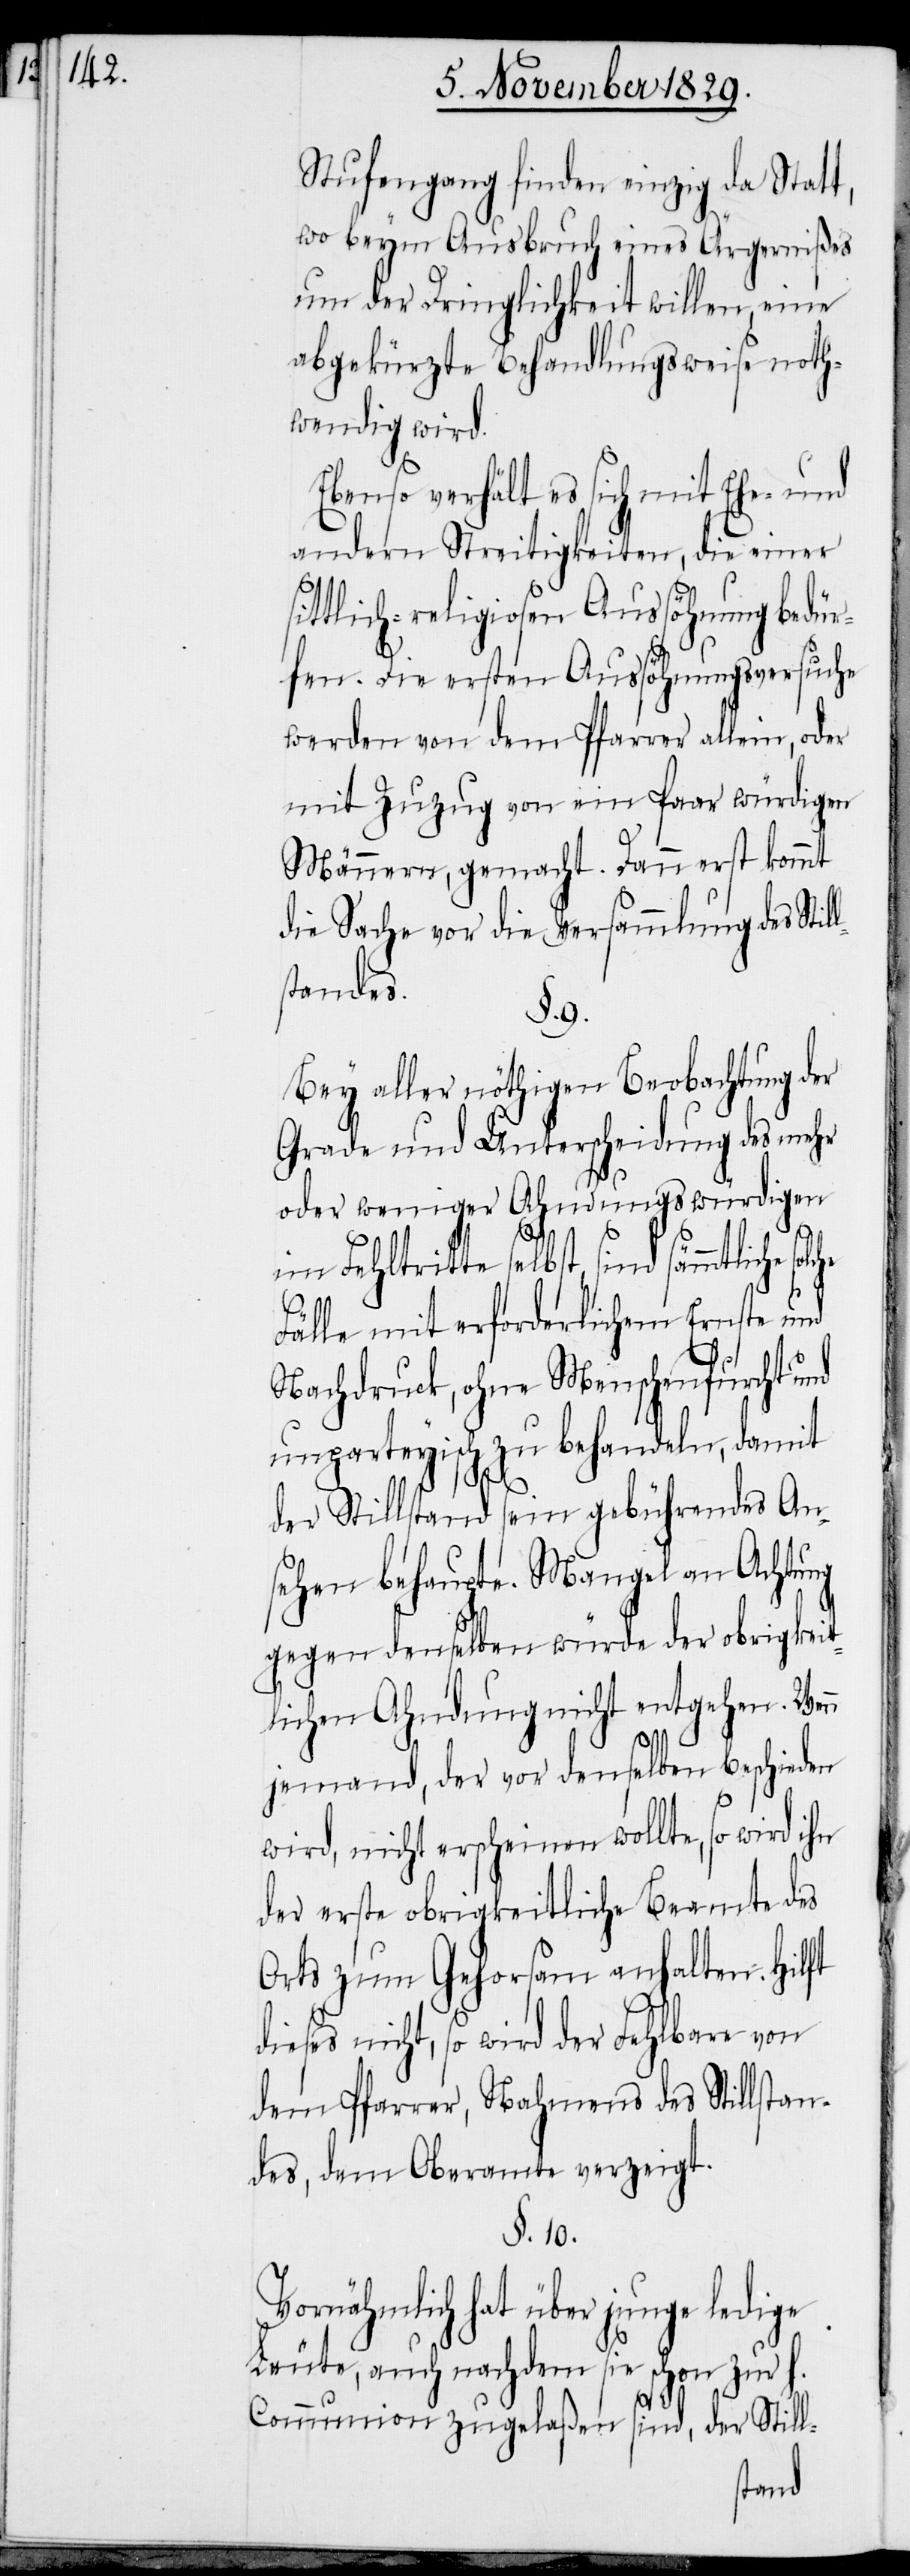
Stufengang finden einzig da Statt,
wo beym Ausbruch eines Ärgernißes
um der Dringlichkeit willen, eine
abgekürzte Behandlungsweise noth¬
wendig wird.
Ebenso verhält es sich mit Ehe- und
andern Streitigkeiten, die einer
sittlich-religiosen Aussöhnung Auss¬
fen. Die ersten Aussöhnungsversuche
werden von dem Pfarrer allein, oder
mit Zuzug von ein Paar würdigen
Männern, gemacht. Dann erst kommt
die Sache vor die Versammlung des Sti¬
standes.
§. 9.
Bey aller nöthigen Beobachtung der
Grade und Unterscheidung des mehr
oder weniger Ahndungswürdigen
Fehltritte selbst, sind sämmt¬
dies¬
Fälle mit erforderlichem Ernste und
Nachdruck, ohne Menschenfurcht und
unparteyisch zu behandeln, damit
der Stillstand sein gebührendes An¬
sehen behaupte. Mangel an Achtung
gegen denselben würde der obrigkeit¬
lichen Ahndung nicht entgehen. Wenn
jemand, der vor denselben beschieden
wird, nicht erscheinen wollte, so wird ihn
der erste obrigkeitliche Beamte des
Orts zum Gehorsam anhalten. Hilft
es nicht, so wird der Fehlbare von
dem Pfarrer, Nahmens des Stillstan¬
des, dem Oberamte verzeigt.
§. 10.
Vornähmlich hat über junge ledige
Leute, auch nachdem sie schon zur H.
Communion zugelaßen sind, der Still-